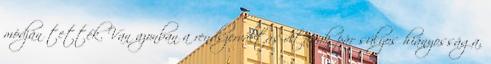
módján tették. Van azonban a rendszerváltás-vitának pár súlyos hiányossága,